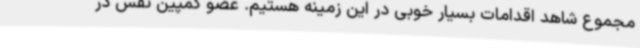
مجموع شاهد اقدامات بسیار خوبی در این زمینه هستیم. عضو کمپین نفس در